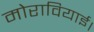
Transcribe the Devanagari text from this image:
मोरावियाई।